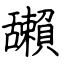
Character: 𦧺